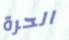
الحرة